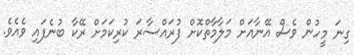
ގިނަ މީހުން ވެސް އޭނާއަށް މަލާމާތްކޮށް ފުރައްސާރަ ކުރިކަމަށް ރޭކާ ބުނެފައި ވެއެވެ.